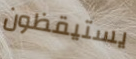
يستيقظون